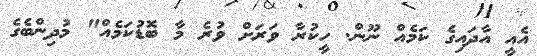
އެއީ އާދައިގެ ކަމެއް ނޫން. ހީކުރާ ވަރަށް ވުރެ މާ ބޮޑުކަމެއް" މުދިންބެގެ